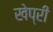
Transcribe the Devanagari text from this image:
खेप्री